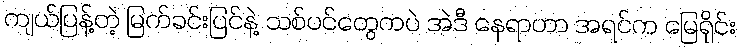
ကျယ်ပြန့်တဲ့ မြက်ခင်းပြင်နဲ့ သစ်ပင်တွေကပဲ အဲဒီ နေရာဟာ အရင်က မြေရိုင်း